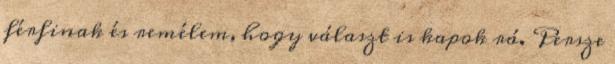
férfinak és remélem, hogy választ is kapok rá. Persze